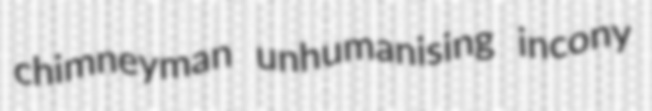
chimneyman unhumanising incony